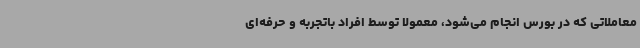
معاملاتی که در بورس انجام می‌شود، معمولا توسط افراد باتجربه و حرفه‌ای